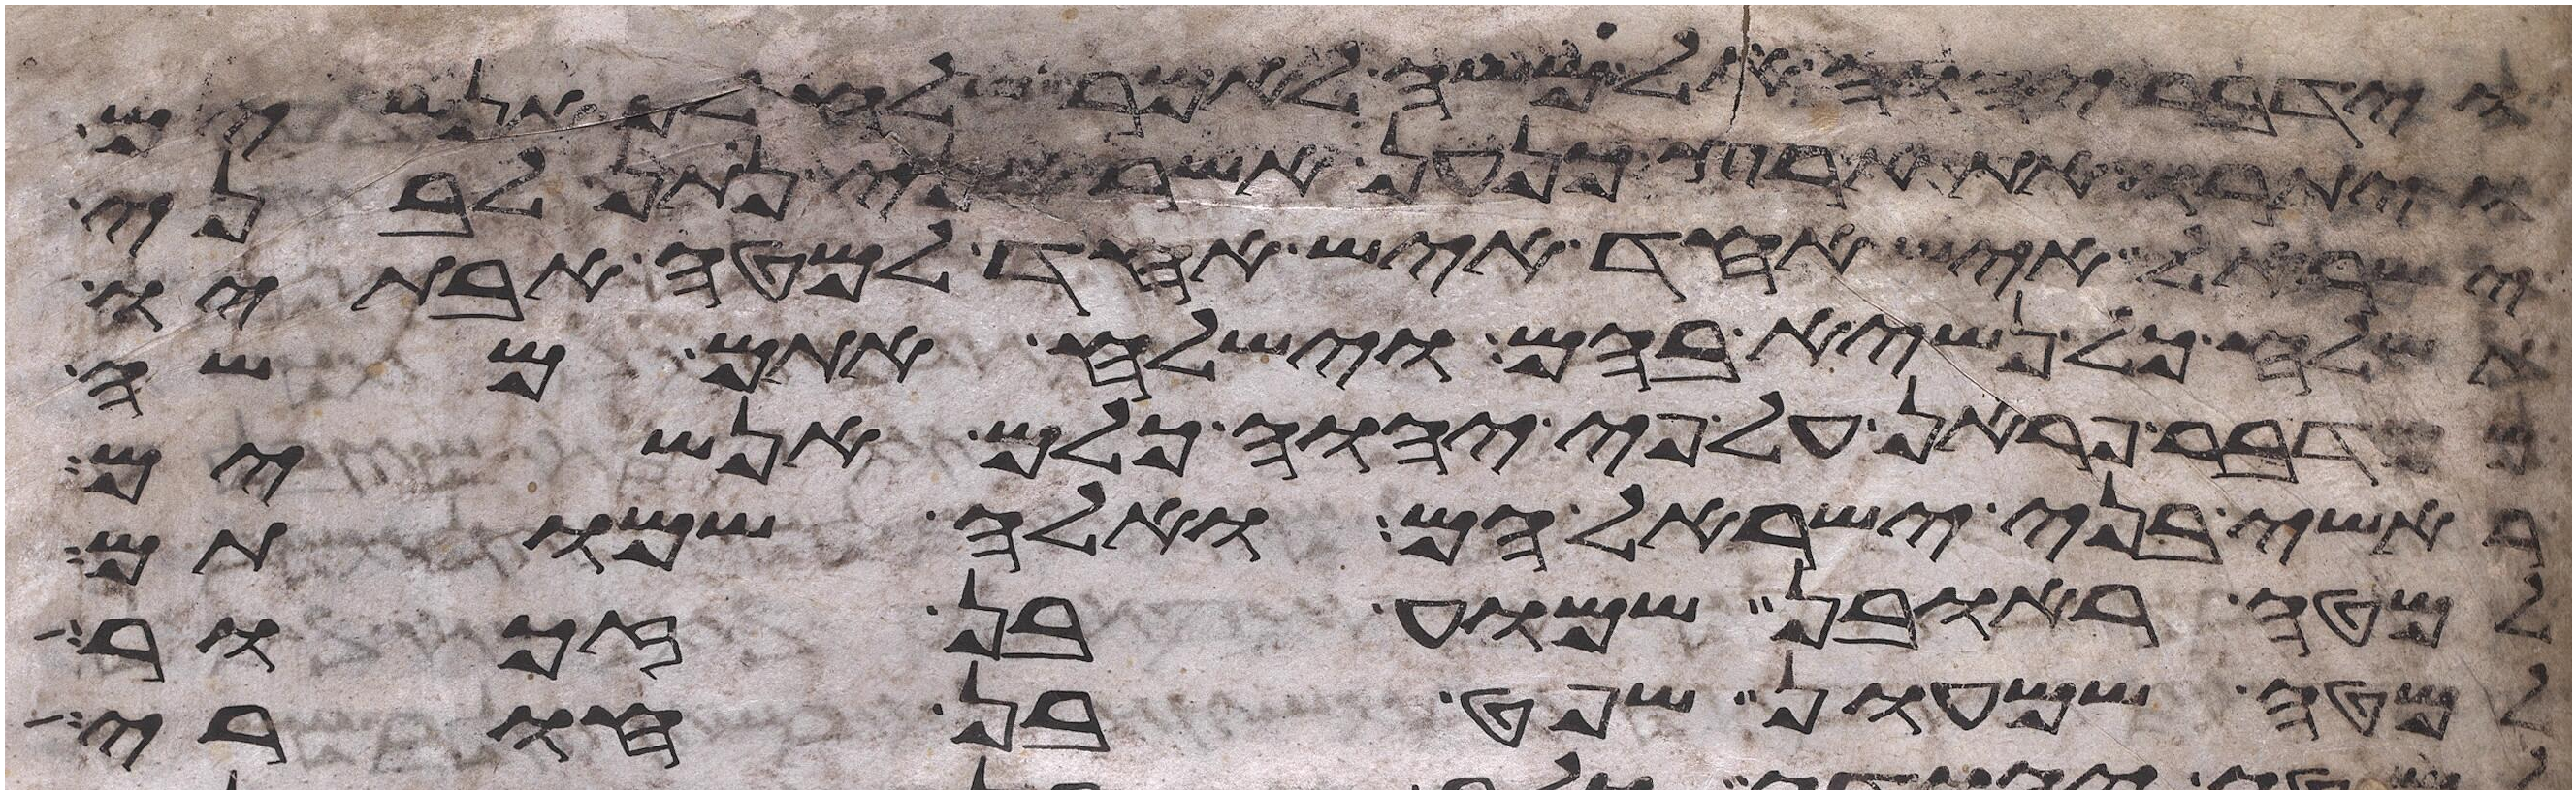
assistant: וידבר יהוה אל משה לאמר שלח לך אנשים
ויתורו את ארץ כנען אשר אני נתן לבני
ישראל איש אחד איש אחד למטה אבתיו
תשלח כל נשיא בהם וישלח אתם משה
ממדבר פראן על פי יהוה כלם אנשים
ראשי בני ישראל הם ואלה שמותם
למטה ראובן שמוע בן זכור
למטה שמעון שפט בן חורי